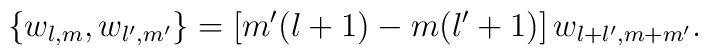
\{w_{l,m},w_{l',m'}\} = [m'(l+1)-m(l'+1)]\,w_{l+l',m+m'}.